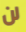
لن